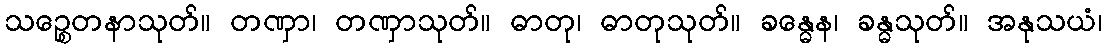
သဉ္စေတနာသုတ်။ တဏှာ၊ တဏှာသုတ်။ ဓာတု၊ ဓာတုသုတ်။ ခန္ဓေန၊ ခန္ဓသုတ်။ အနုသယံ၊